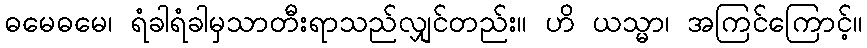
ဓမေဓမေ၊ ရံခါရံခါမှသာတီးရာသည်လျှင်တည်း။ ဟိ ယသ္မာ၊ အကြင်ကြောင့်။